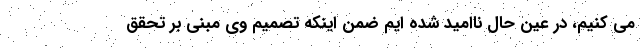
می کنیم، در عین حال ناامید شده ایم ضمن اینکه تصمیم وی مبنی بر تحقق